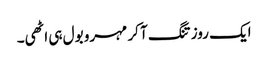
ایک روز تنگ آ کر مہرو بول ہی اٹھی۔